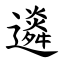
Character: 䢯